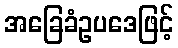
အခြေခံဥပဒေဖြင့်